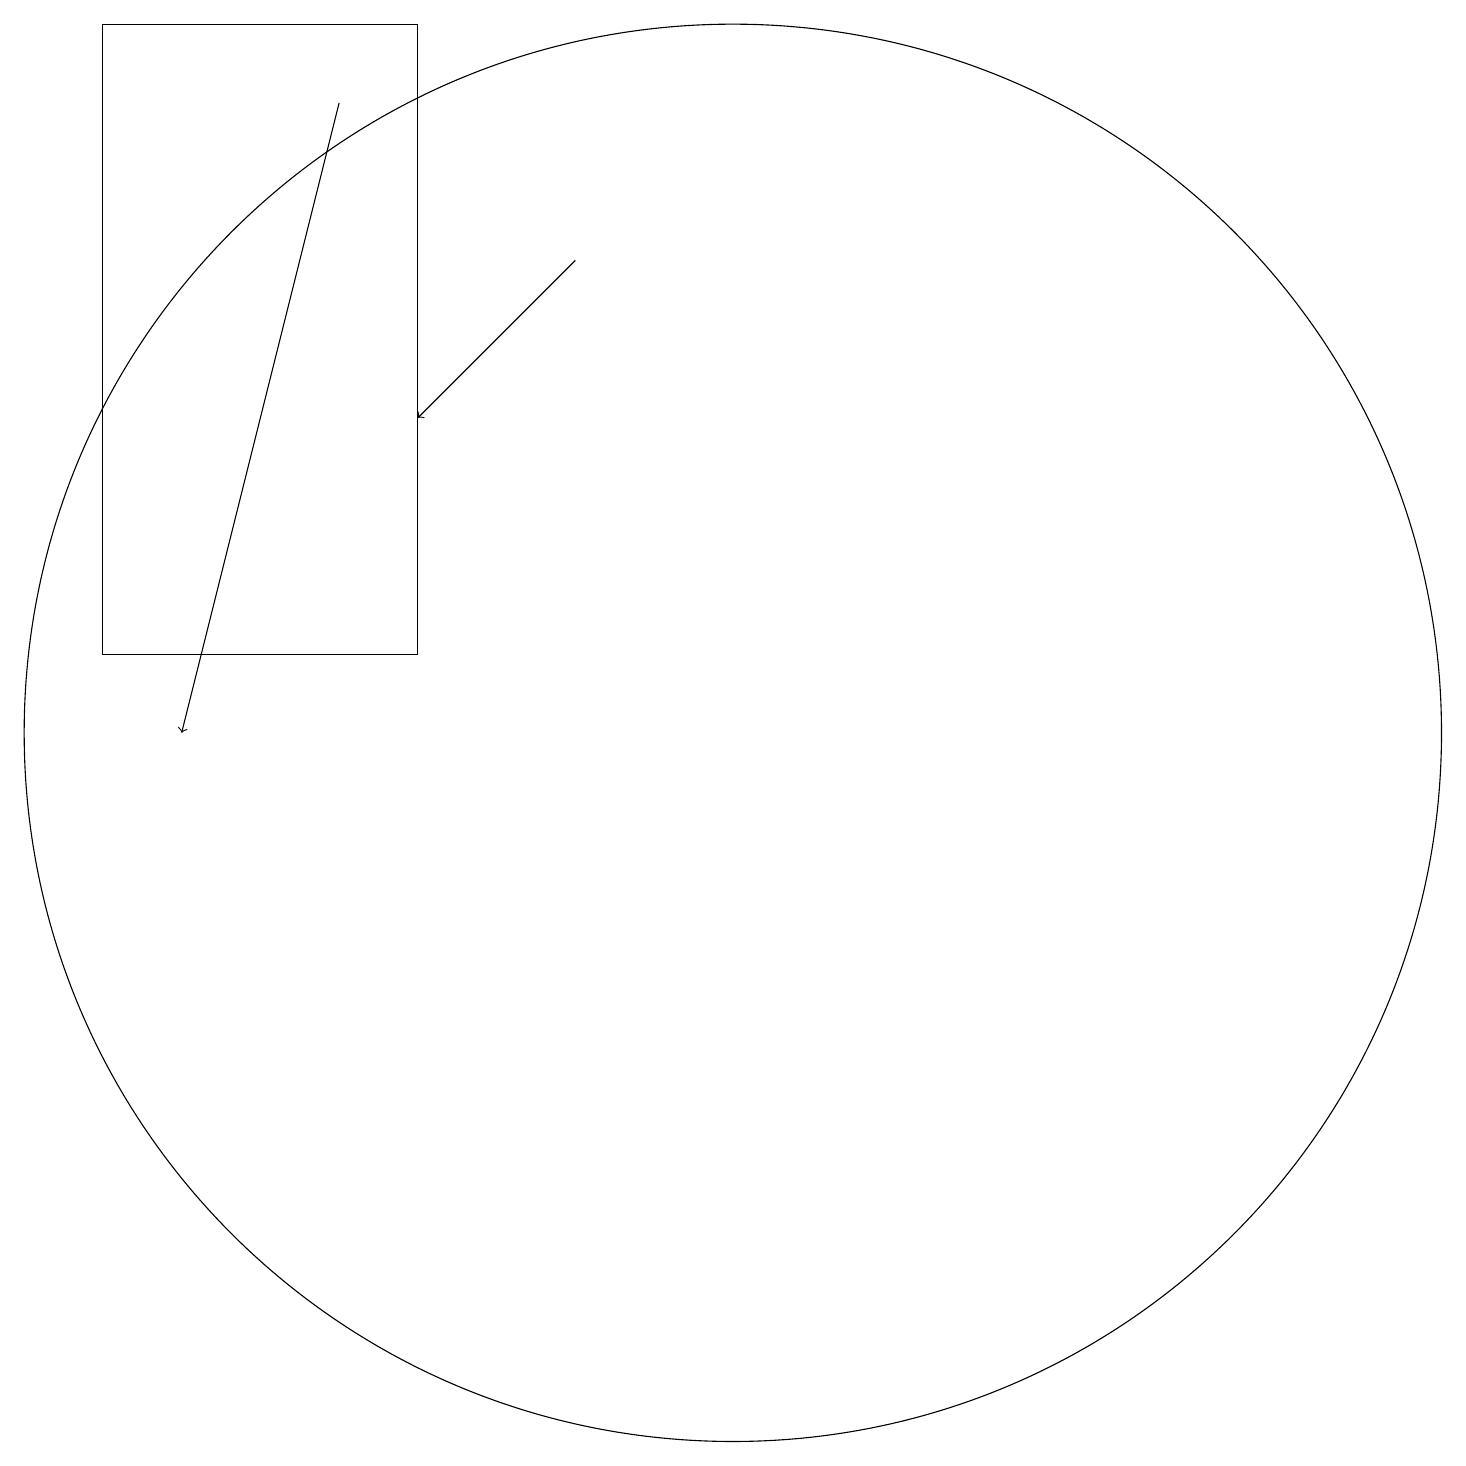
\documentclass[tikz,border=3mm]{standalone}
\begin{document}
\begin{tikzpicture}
\draw (2,19) rectangle (6,11);
\draw[->] (8,16) -- (6,14);
\draw (10,10) circle (9);
\draw[->] (5,18) -- (3,10);
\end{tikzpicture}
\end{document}